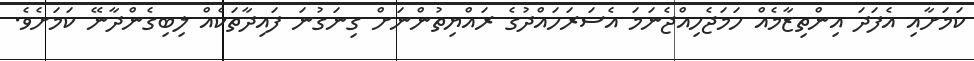
ކަމަށާއި އެފަދަ އިންތިޒާމެއް ހަމަޖެހިއްޖެނަމަ އެސަރަހައްދުގެ ރައްޔިތުންނަށް ގިނަގުނަ ފައިދާތަކެއް ލިބިގެންދާނޭ ކަމަށެވެ.